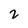
Character: 2